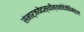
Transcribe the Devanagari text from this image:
संमार्जयेदस्थीन्यतोदेवेतिमंत्रतः